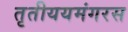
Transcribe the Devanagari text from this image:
तृतीययमंगरस